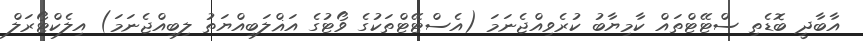
އާބާދީ ބޮޑެތި ސްޓޭޓްތައް ކާމިޔާބު ކުރެވިއްޖެނަމަ (އެސްޓޭޓްތަކުގެ ވޯޓުގެ އަޣްލަބިއްޔަތު ލިބިއްޖެނަމަ) އިލެކްޓޯރަލް